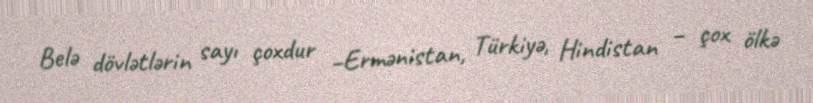
Belə dövlətlərin sayı çoxdur –Ermənistan, Türkiyə, Hindistan – çox ölkə